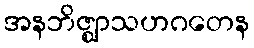
အနဘိဇ္ဈာသဟဂတေန